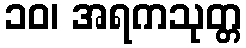
၁၀၊ အရကသုတ္တ